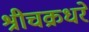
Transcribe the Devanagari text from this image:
श्रीचक्रधरे